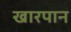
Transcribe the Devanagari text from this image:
खारपान